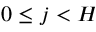
0 \leq j < H